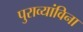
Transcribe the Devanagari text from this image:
पुराव्यांविना